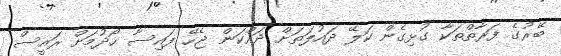
ބޭރުގެ ފަރާތްތަކާ ގުޅިގެން ކަލޭ ދައުލަތަށް ދައްކަން ޖެހޭ ފައިސާ ހޯދުމަށް ރައީސް